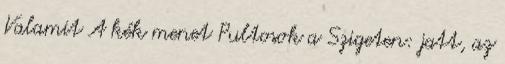
Valamit A kék menet Pultosok a Szigeten: jatt, az